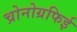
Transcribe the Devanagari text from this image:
च्रोनोग्रफिई